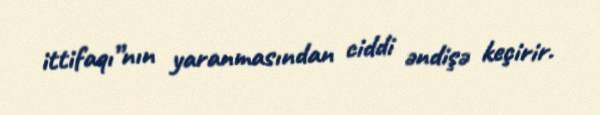
ittifaqı”nın yaranmasından ciddi əndişə keçirir.